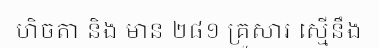
ហិចតា និង មាន ២៨១ គ្រួសារ ស្មើនឹង